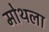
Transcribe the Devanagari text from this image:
मोथला